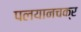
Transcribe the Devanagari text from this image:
पलयानचक्र